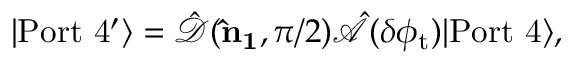
\begin{array} { r } { | \mathrm { P o r t \ 4 ^ { \prime } } \rangle = \hat { \mathcal { D } } ( { \bf \hat { n } _ { 1 } } , \pi / 2 ) \hat { \mathcal { A } } ( \delta \phi _ { \mathrm { t } } ) | \mathrm { P o r t \ 4 } \rangle , } \end{array}